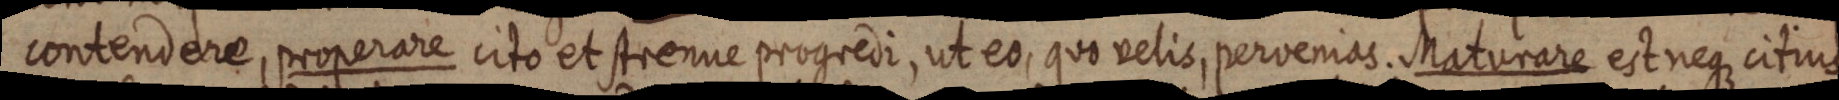
contendere, properare cito et strenue progredi, ut eo, quo velis, pervenias. Maturare est neque citius